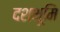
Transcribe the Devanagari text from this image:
दशभूमि